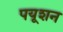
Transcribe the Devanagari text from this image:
पयूशन